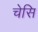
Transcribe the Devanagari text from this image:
चेसि